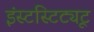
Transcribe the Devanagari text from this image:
इंस्टस्टिट्यूट